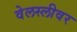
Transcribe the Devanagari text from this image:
वेलस्लीवर